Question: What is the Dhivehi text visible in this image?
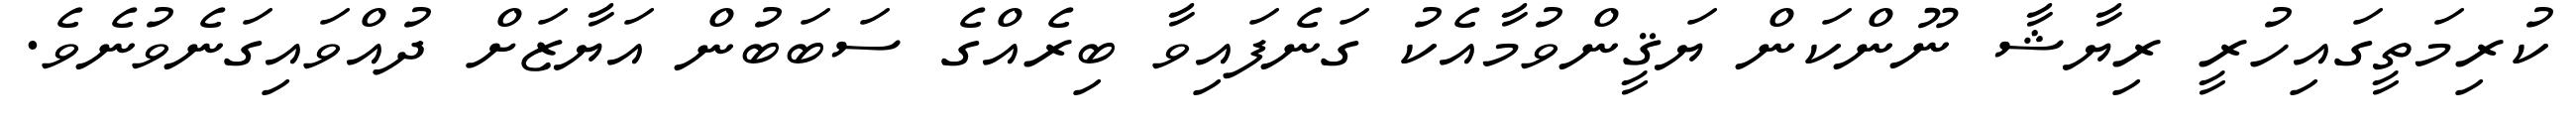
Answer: ކުރިމަތީގައިހުރީ ރިޔާޝާ ނޫންކަން ޔަޤީންވުމާއެކު ގަނެފައިވާ ބިރެއްގެ ސަބަބުން އަޔާޒަށް ދުއްވައިގަނެވުނެވެ.